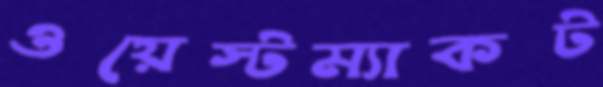
ওয়েস্টম্যাকট